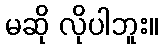
မဆို လိုပါဘူး။